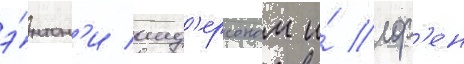
э́нтон'и анд'ерсоном и́ лор'ен